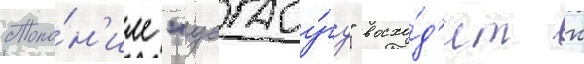
Топо́н'им "уагаду́гу" восхо́д'ит к